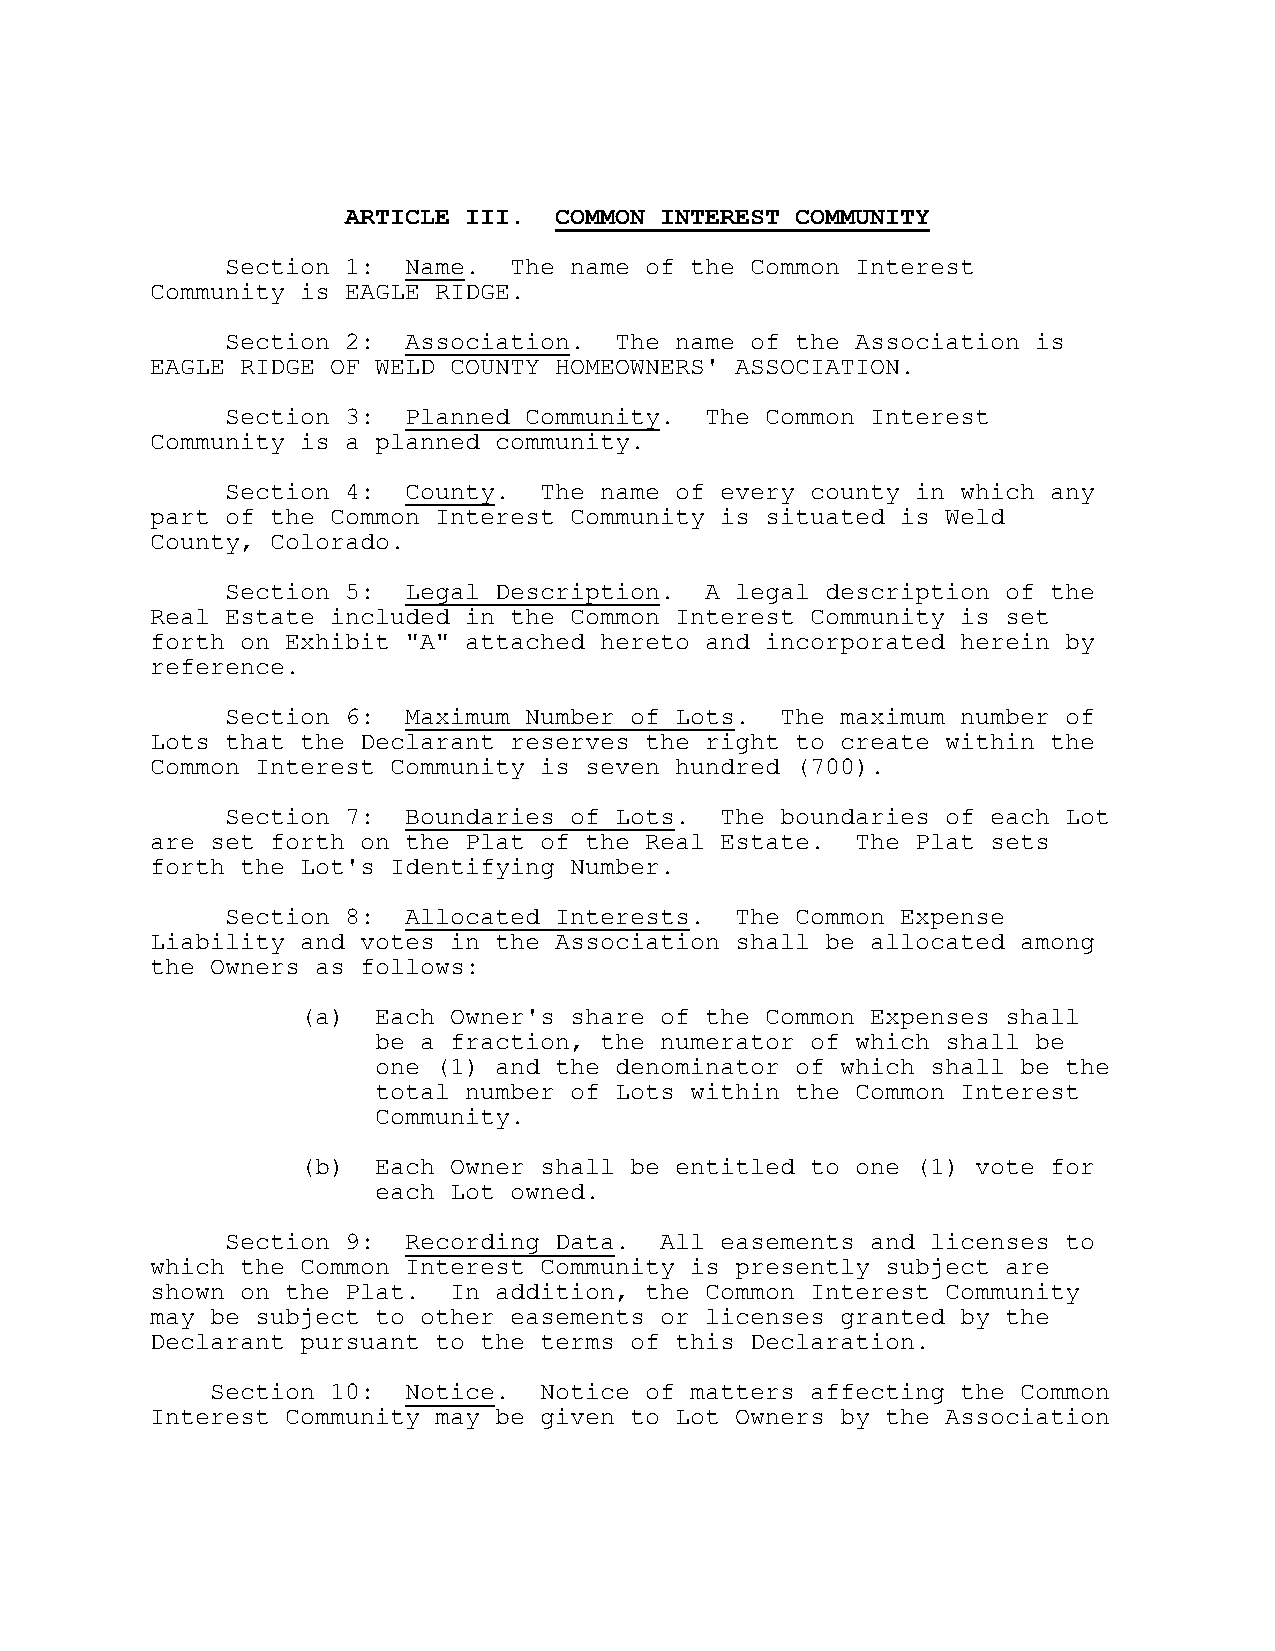
ARTICLE III.  COMMON INTEREST COMMUNITY
 Section 1:  Name.  The name of the Common Interest
 Community is EAGLE RIDGE.
 Section 2:  Association.  The name of the Association is
 EAGLE RIDGE OF WELD COUNTY HOMEOWNERS' ASSOCIATION.
 Section 3:  Planned Community.  The Common Interest
 Community is a planned community.
 Section 4:  County.  The name of every county in which any
 part of the Common Interest Community is situated is Weld
 County, Colorado.
 Section 5:  Legal Description.  A legal description of the
 Real Estate included in the Common Interest Community is set
 forth on Exhibit "A" attached hereto and incorporated herein by
 reference.
 Section 6:  Maximum Number of Lots.  The maximum number of
 Lots that the Declarant reserves the right to create within the
 Common Interest Community is seven hundred (700).
 Section 7:  Boundaries of Lots.  The boundaries of each Lot
 are set forth on the Plat of the Real Estate.  The Plat sets
 forth the Lot's Identifying Number.
 Section 8:  Allocated Interests.  The Common Expense
 Liability and votes in the Association shall be allocated among
 the Owners as follows:
 (a)  Each Owner's share of the Common Expenses shall
 be a fraction, the numerator of which shall be
 one (1) and the denominator of which shall be the
 total number of Lots within the Common Interest
 Community.
 (b)  Each Owner shall be entitled to one (1) vote for
 each Lot owned.
 Section 9:  Recording Data.  All easements and licenses to
 which the Common Interest Community is presently subject are
 shown on the Plat.  In addition, the Common Interest Community
 may be subject to other easements or licenses granted by the
 Declarant pursuant to the terms of this Declaration.
 Section 10:  Notice.  Notice of matters affecting the Common
 Interest Community may be given to Lot Owners by the Association